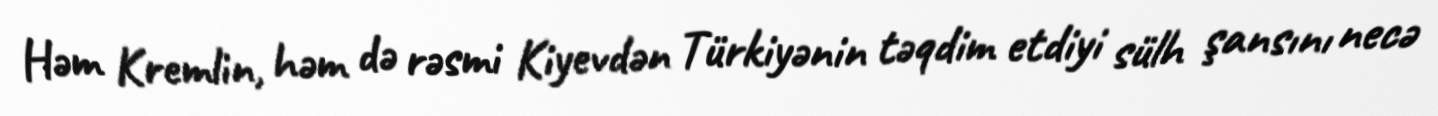
Həm Kremlin, həm də rəsmi Kiyevdən Türkiyənin təqdim etdiyi sülh şansını necə